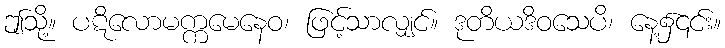
ဤသို့။ ပဋိလောမက္ကမေနေဝ၊ ဖြင့်သာလျှင်။ ဒုတိယဒိဝသေပိ၊ နေ့၌၎င်း။